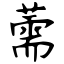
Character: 薷